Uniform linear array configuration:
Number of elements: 64
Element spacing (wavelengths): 0.25
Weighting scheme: binomial
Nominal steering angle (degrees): -60
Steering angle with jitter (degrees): -58.738
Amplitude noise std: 0.05
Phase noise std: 0.05

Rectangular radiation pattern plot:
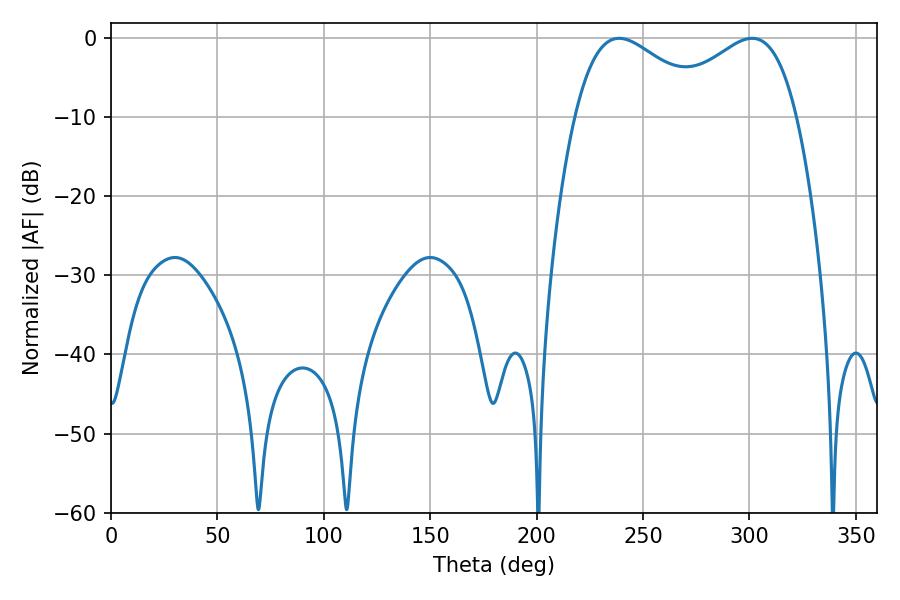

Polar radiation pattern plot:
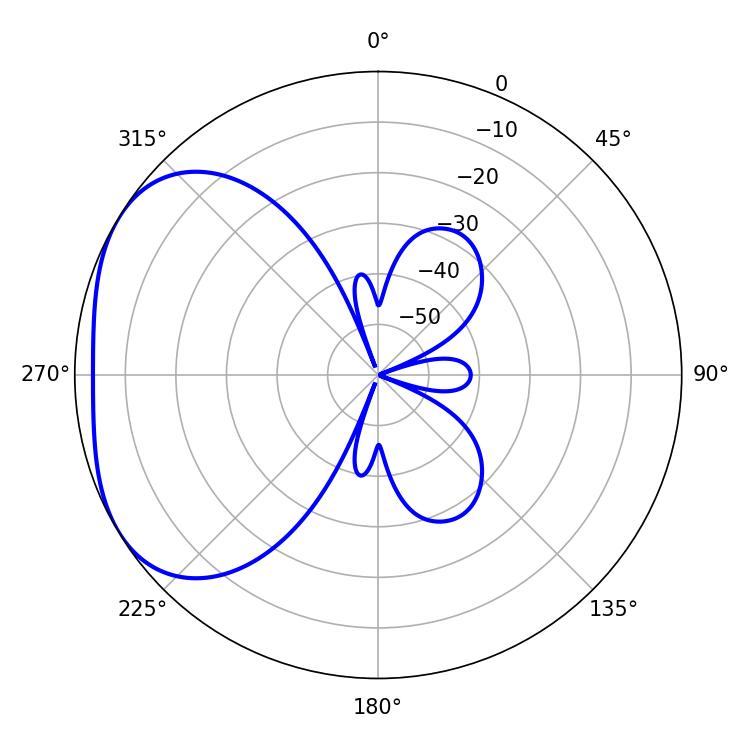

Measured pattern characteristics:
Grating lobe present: FALSE
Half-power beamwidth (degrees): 34.56
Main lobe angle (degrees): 238.68